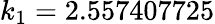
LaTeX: k_{1}=2.557407725